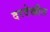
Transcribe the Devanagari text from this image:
दरदेखील